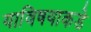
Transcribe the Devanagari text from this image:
याविषयाकडे